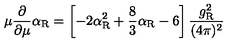
\mu \frac { \partial } { \partial \mu } \alpha _ { \mathrm { R } } = \left[ - 2 \alpha _ { \mathrm { R } } ^ { 2 } + \frac 8 3 \alpha _ { \mathrm { R } } - 6 \right] \frac { g _ { \mathrm { R } } ^ { 2 } } { ( 4 \pi ) ^ { 2 } }